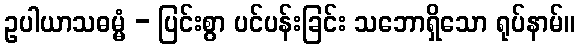
ဥပါယာသဓမ္မံ - ပြင်းစွာ ပင်ပန်းခြင်း သဘောရှိသော ရုပ်နာမ်။